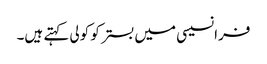
فرانسیسی میں بستر کو کولی کہتے ہیں۔